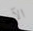
الآن